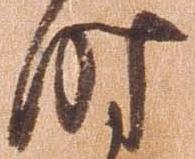
時